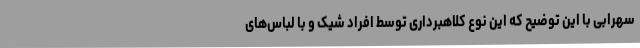
سهرابی با این توضیح که این نوع کلاهبرداری توسط افراد شیک و با لباس‌های